Insane asylums in Bengal annual reports 1867-1875 - 1867-1875
Year: 1867
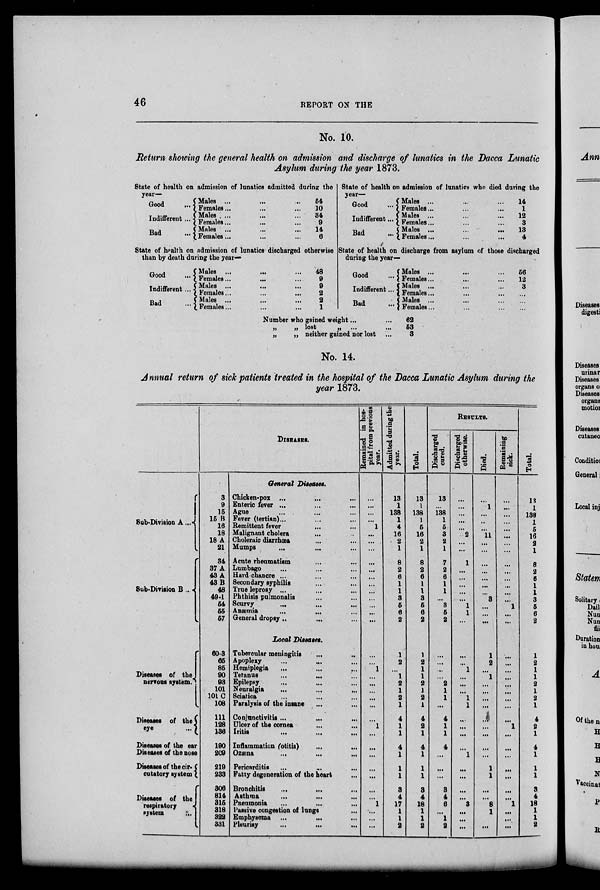
46
REPORT ON THE
No. 10.
Return showing the general health on admission and discharge of lunatics in the Dacca Lunatic
Asylum during the year 1873.
State of health on admission of lunatics admitted during the
year—
Good
...
Indifferent...
Bad ...
Males ... ... ...
Females... ... ...
Males ... ... ...
Females... ... ...
Males ... ... ...
Females... ... ...
54
10
34
9
14
6
State of health on admission of lunatics discharged otherwise
than by death during the year—
Good ...
Indifferent...
Bad ...
Males ... ... ...
Females... ... ...
Males ... ... ...
Females... ... ...
Males ... ... ...
Females... ... ...
48
9
9
2
2
1
State of health on admission of lunatics who died during the
year—
Good
...
Indifferent...
Bad
...
Males ... ... ...
Females... ... ...
Males ... ... ...
Females... ... ...
Males ... ... ...
Females... ... ...
14
1
12
3
13
4
State of health on discharge from asylum of those discharged
during the year—
Good
...
Indifferent ...
Bad ...
Males ... ... ...
Females... ... ...
Males ... ... ...
Females... ... ...
Males ... ... ...
Females... ... ...
56
12
3
...
...
...
Number who gained weight ...
„
„ lost
„ ... ...
„
„ neither gained nor lost
62
53
3
No. 14.
Annual return of sick patients treated in the hospital of the Dacca Lunatic Asylum during the
year 1873.
DISEASES.
General Diseases.
Sub-Division A ...
Sub-Division B ...
3
9
15
15 B
16
18
18 A
21
34
37 A
43A
43B
48
49-1
54
55
57
Chicken-pox ... ... ...
Enteric fever ... ... ...
Ague
...
...
...
Fever (tertian)...
...
...
Remittent fever... ...
Malignant cholera
... ...
Choleraic diarrhœa
... ...
Mumps
... ... ...
Acute rheumatism
...
...
...
Lumbago
...
...
...
Hard chancre ...
... ...
Secondary syphilis
...
...
True leprosy ... ... ...
Phthisis pulmonalis
... ...
Scurvy
... ... ...
Anæmia ... ... ...
General dropsy..
... ...
Remained in hos-
pital from previous
year.
...
...
...
... 1
...
...
...
...
...
...
...
...
...
...
...
...
Admitted during the
year.
13
1
138
1
4
16
2
1
8
2
6
1
1
3
5
6
2
Total.
13
1
138
1
5
16
2
1
8
2
6
1
1
3
5
6
2
RESULTS.
Discharged
cured.
13
...
138
1
5
3
2
1
7
2
6
1
1
...
3
6
2
Discharged
otherwise.
...
...
...
...
...
2
...
...
1
...
...
...
...
...
1
1
...
Died.
...
1
...
...
...
11
...
...
...
...
...
...
...
3
...
...
...
Remaining
sick.
...
...
...
...
...
...
...
...
...
...
...
...
...
...
1
...
...
Total.
13
1
138
1
5
16
2
1
8
2
6
1
1
3
6
6
2
Local Diseases.
Diseases of the
nervous system.
Diseases of the
eye
...
Diseases of the ear
Diseases of the nose
Diseases of the cir-
cutatory system
Diseases of the
respiratory
system
...
60-3
65
85
90
93
101
101 C
108
111
128
136
190
209
219
233
306
814
315
318
322
331
Tubercular meningitis
...
...
Apoplexy ... ... ...
Hemiplegia ... ... ...
Tetanus ... ... ...
Epilepsy
... ... ...
Neuralgia
... ... ...
Sciatica ... ... ...
Paralysis of the insane
...
...
Conjunctivitis ...
...
...
Ulcer of the cornea
...
...
Iritis
... ... ...
Inflammation (otitis)
... ...
Ozæna ... ...
...
Pericarditis
... ... ...
Fatty degeneration of the heart
...
Bronchitis ... ... ...
Asthma
...
...
...
Pneumonia
... ... ...
Passive congestion of lungs ...
Emphysema ...
...
...
Pleurisy
... ... ...
...
...
1
...
...
...
...
...
... ...
...
...
...
...
...
...
...
1
...
...
...
1
2
...
1
2
1
2
1
4
1
1
4
1
1
1
3
4
17
1
1
2
1
2
1
1
2
1
2
1
4
2
1
4
1
1
1
3
4
18
1
1
2
...
...
...
...
2
1
1
...
4
1
1
4
...
...
...
3
4
6
...
1
2
...
...
1
...
...
...
1
1
...
...
...
...
1
...
...
...
...
3
...
...
...
1
2
...
1
...
...
...
...
...
...
...
...
...
1
1
...
...
8
1
...
...
...
...
...
...
...
...
...
...
1
...
...
...
...
...
...
...
1
...
...
...
1
2
...
1
2
1
2
1
4
2
1
4
1
1
1
3
4
18
1
1
2